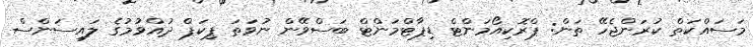
މަސައްކަތް ކުރަންޖެހޭ ތަން: ޕްރޮކިއޯމަންޓް ޑިޕާޓްމަންޓް ބަސްވޭން ނުވަތަ ޕިކަޕް ދުއްވުމުގެ ލައިސަންސް